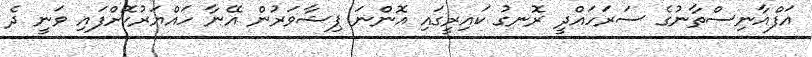
އަފްޣާނިސްތާނުގެ ސަރަހައްދީ ރޮނގު ކައިރީގައި އޮންނަ ޕިޝާވަރުން އޭނާ ހައްޔަރުކޮށްފައި ވަނީ ދެ